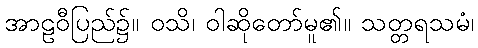
အာဠဝီပြည်၌။ ဝသိ၊ ဝါဆိုတော်မူ၏။ သတ္တရသမံ၊